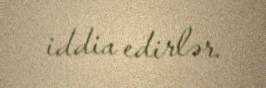
iddia edirlər.